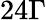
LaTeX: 24\Gamma